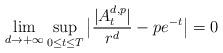
LaTeX: \begin{align*}\lim\limits_{d\rightarrow+\infty}\sup_{0\leq t\leq T}\big|\frac{|A_t^{d,p}|}{r^d}-pe^{-t}\big|=0\end{align*}